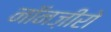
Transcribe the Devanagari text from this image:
नॉनज़ीरो